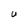
Character: r